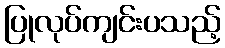
ပြုလုပ်ကျင်းပသည့်